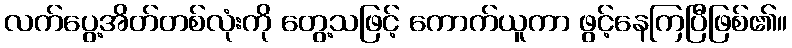
လက်ပွေ့အိတ်တစ်လုံးကို တွေ့သဖြင့် ကောက်ယူကာ ဖွင့်နေကြပြီဖြစ်၏။